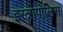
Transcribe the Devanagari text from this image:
इस्त्रोपोलिस